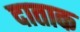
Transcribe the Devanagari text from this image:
दाताक